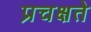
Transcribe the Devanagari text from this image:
प्रचक्षते